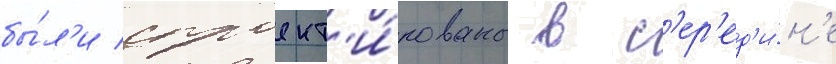
бы́л'и спроект'и́рованы в с'ер'ед'и́н'е